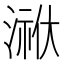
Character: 𭱳